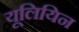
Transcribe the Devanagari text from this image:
यूलियिन